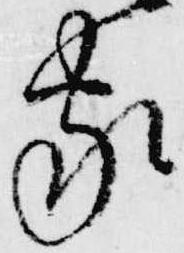
家